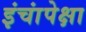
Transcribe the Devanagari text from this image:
इंचांपेक्षा